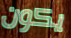
يكون